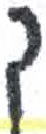
אות: ך